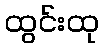
ထွင်းထု